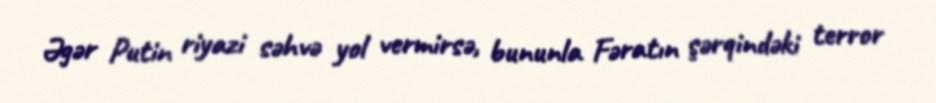
Əgər Putin riyazi səhvə yol vermirsə, bununla Fəratın şərqindəki terror